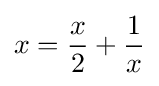
x={\frac {x}{2}}+{\frac {1}{x}}